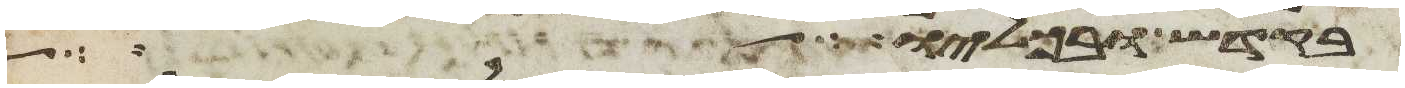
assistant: בקדש ובכליו וידבר